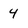
Character: 4